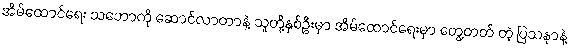
အိမ်ထောင်ရေး သဘောကို ဆောင်လာတာနဲ့ သူတို့နှစ်ဦးမှာ အိမ်ထောင်ရေးမှာ တွေ့တတ် တဲ့ ပြသနာနဲ့